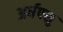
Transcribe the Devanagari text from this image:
अर्धपशु